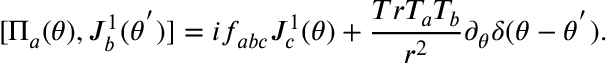
[ { \Pi } _ { a } ( \theta ) , J _ { b } ^ { 1 } ( { \theta } ^ { ' } ) ] = i f _ { a b c } J _ { c } ^ { 1 } ( \theta ) + \frac { T r T _ { a } T _ { b } } { r ^ { 2 } } { \partial } _ { \theta } { \delta } ( \theta - { \theta } ^ { ' } ) .